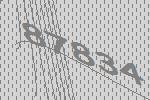
87834